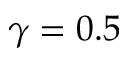
\gamma = 0 . 5